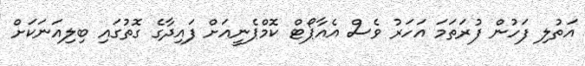
އަތުލި ފަހުން ފުރަތަމަ އަހަރު ވެސް އެއާޕޯޓް ކޮމްޕެނީއަށް ފައިދާގެ ގޮތުގައި ބިލިއަނަކަށް